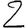
Digit: 2